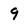
Character: 9